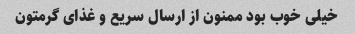
خیلی خوب بود ممنون از ارسال سریع و غذای گرمتون